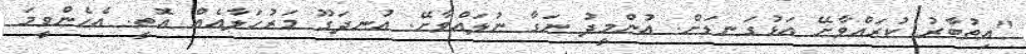
"އިތުބާރު ކުރައްވާށޭ އަޅުގަނޑަށް. އުންމީދު ނަގާ ނުލައްވާށޭ. އުނދަގޫ މަރުހަލާއެއް އޮތީ. އެހެންވީމަ